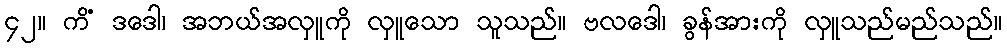
၄၂။ ကိံ ဒဒေါ၊ အဘယ်အလှူကို လှူသော သူသည်။ ဗလဒေါ၊ ခွန်အားကို လှူသည်မည်သည်။